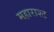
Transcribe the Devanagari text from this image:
महाराश्ट